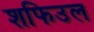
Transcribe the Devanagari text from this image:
शफिउल